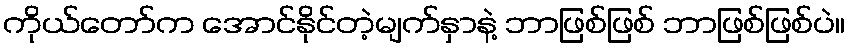
ကိုယ်တော်က အောင်နိုင်တဲ့မျက်နှာနဲ့ ဘာဖြစ်ဖြစ် ဘာဖြစ်ဖြစ်ပဲ။